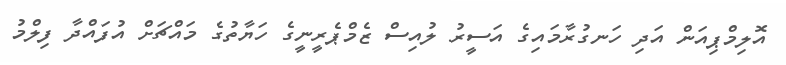
އޮލިމްޕިއަން އަދި ހަނގުރާމައިގެ އަސީރު ލުއިސް ޒެމްޕެރީނީގެ ހަޔާތުގެ މައްޗަށް އުފައްދާ ފިލްމު